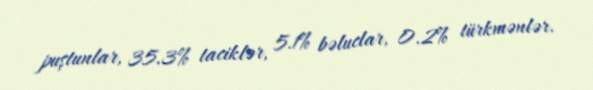
puştunlar, 35.3% taciklər, 5.1% bəluclar, 0.2% türkmənlər.